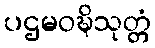
ပဌမဝဍ္ဎိသုတ္တံ